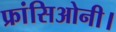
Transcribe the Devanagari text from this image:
फ्रांसिओनी।